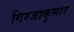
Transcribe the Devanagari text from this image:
गिरजाकुमार